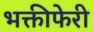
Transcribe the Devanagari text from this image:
भक्तीफेरी